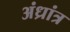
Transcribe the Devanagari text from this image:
अंध्रांत्र